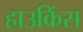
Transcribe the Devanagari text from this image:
हाउकिंस